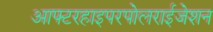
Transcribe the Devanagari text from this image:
आफ्टरहाइपरपोलराईजेशन